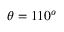
\theta = 1 1 0 ^ { o }